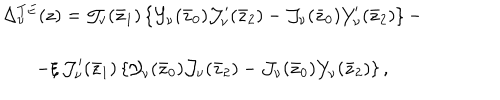
\begin{array} { c } { { \Delta _ { \nu } ^ { T E } ( z ) = \mathcal { J } _ { \nu } ( \bar { z } _ { 1 } ) \left\{ \mathcal { Y } _ { \nu } ( \bar { z } _ { 0 } ) \mathcal { J } _ { \nu } ^ { \prime } ( \bar { z } _ { 2 } ) - \mathcal { J } _ { \nu } ( \bar { z } _ { 0 } ) \mathcal { Y } _ { \nu } ^ { \prime } ( \bar { z } _ { 2 } ) \right\} - } } \\ { { - \xi \, \mathcal { J } _ { \nu } ^ { \prime } ( \bar { z } _ { 1 } ) \left\{ \mathcal { Y } _ { \nu } ( \bar { z } _ { 0 } ) \mathcal { J } _ { \nu } ( \bar { z } _ { 2 } ) - \mathcal { J } _ { \nu } ( \bar { z } _ { 0 } ) \mathcal { Y } _ { \nu } ( \bar { z } _ { 2 } ) \right\} , } } \\ \end{array}